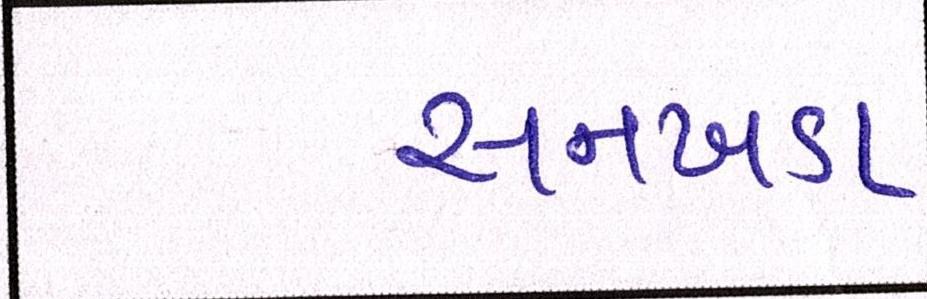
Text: સનખડા